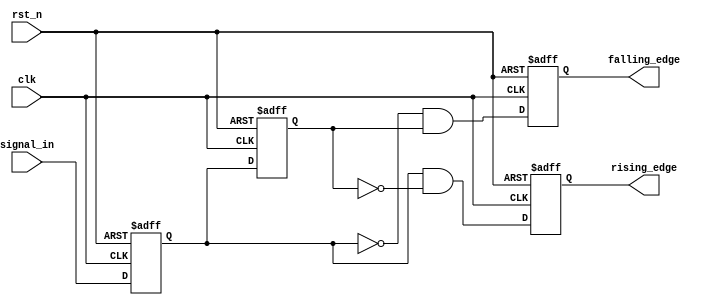
module glitch_free_edge_detector (
    input wire clk,          // Clock signal
    input wire rst_n,       // Active low reset signal
    input wire signal_in,    // Input signal to be monitored
    output reg rising_edge,  // Output signal for rising edge detection
    output reg falling_edge  // Output signal for falling edge detection
);

// Memory blocks to store the current and previous states
reg current_state;
reg previous_state;

// Edge detection logic
always @(posedge clk or negedge rst_n) begin
    if (!rst_n) begin
        // Reset the states and outputs
        current_state <= 1'b0;
        previous_state <= 1'b0;
        rising_edge <= 1'b0;
        falling_edge <= 1'b0;
    end else begin
        // Latch the current state of the input signal
        current_state <= signal_in;

        // Update previous state with the current state
        previous_state <= current_state;

        // Edge detection logic
        rising_edge <= (current_state == 1'b1 && previous_state == 1'b0);
        falling_edge <= (current_state == 1'b0 && previous_state == 1'b1);
    end
end

endmodule